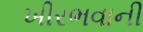
ખીરભવાની